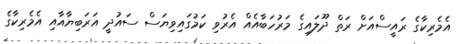
އެމެރިކާގެ ރައީސްއަށް ރަތް ދޫލައިގެ މަރުހަބާއެއް އެރުވި ކަމުގައިވިޔަސް ސައުދީ އަރަބިޔާއާއި އެމެރިކާގެ